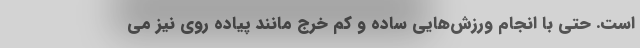
است. حتی با انجام ورزش‌هایی ساده و کم خرج مانند پیاده روی نیز می‌